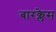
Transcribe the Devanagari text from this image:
बारक्लेस